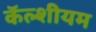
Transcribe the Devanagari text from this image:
कॅल्शीयम